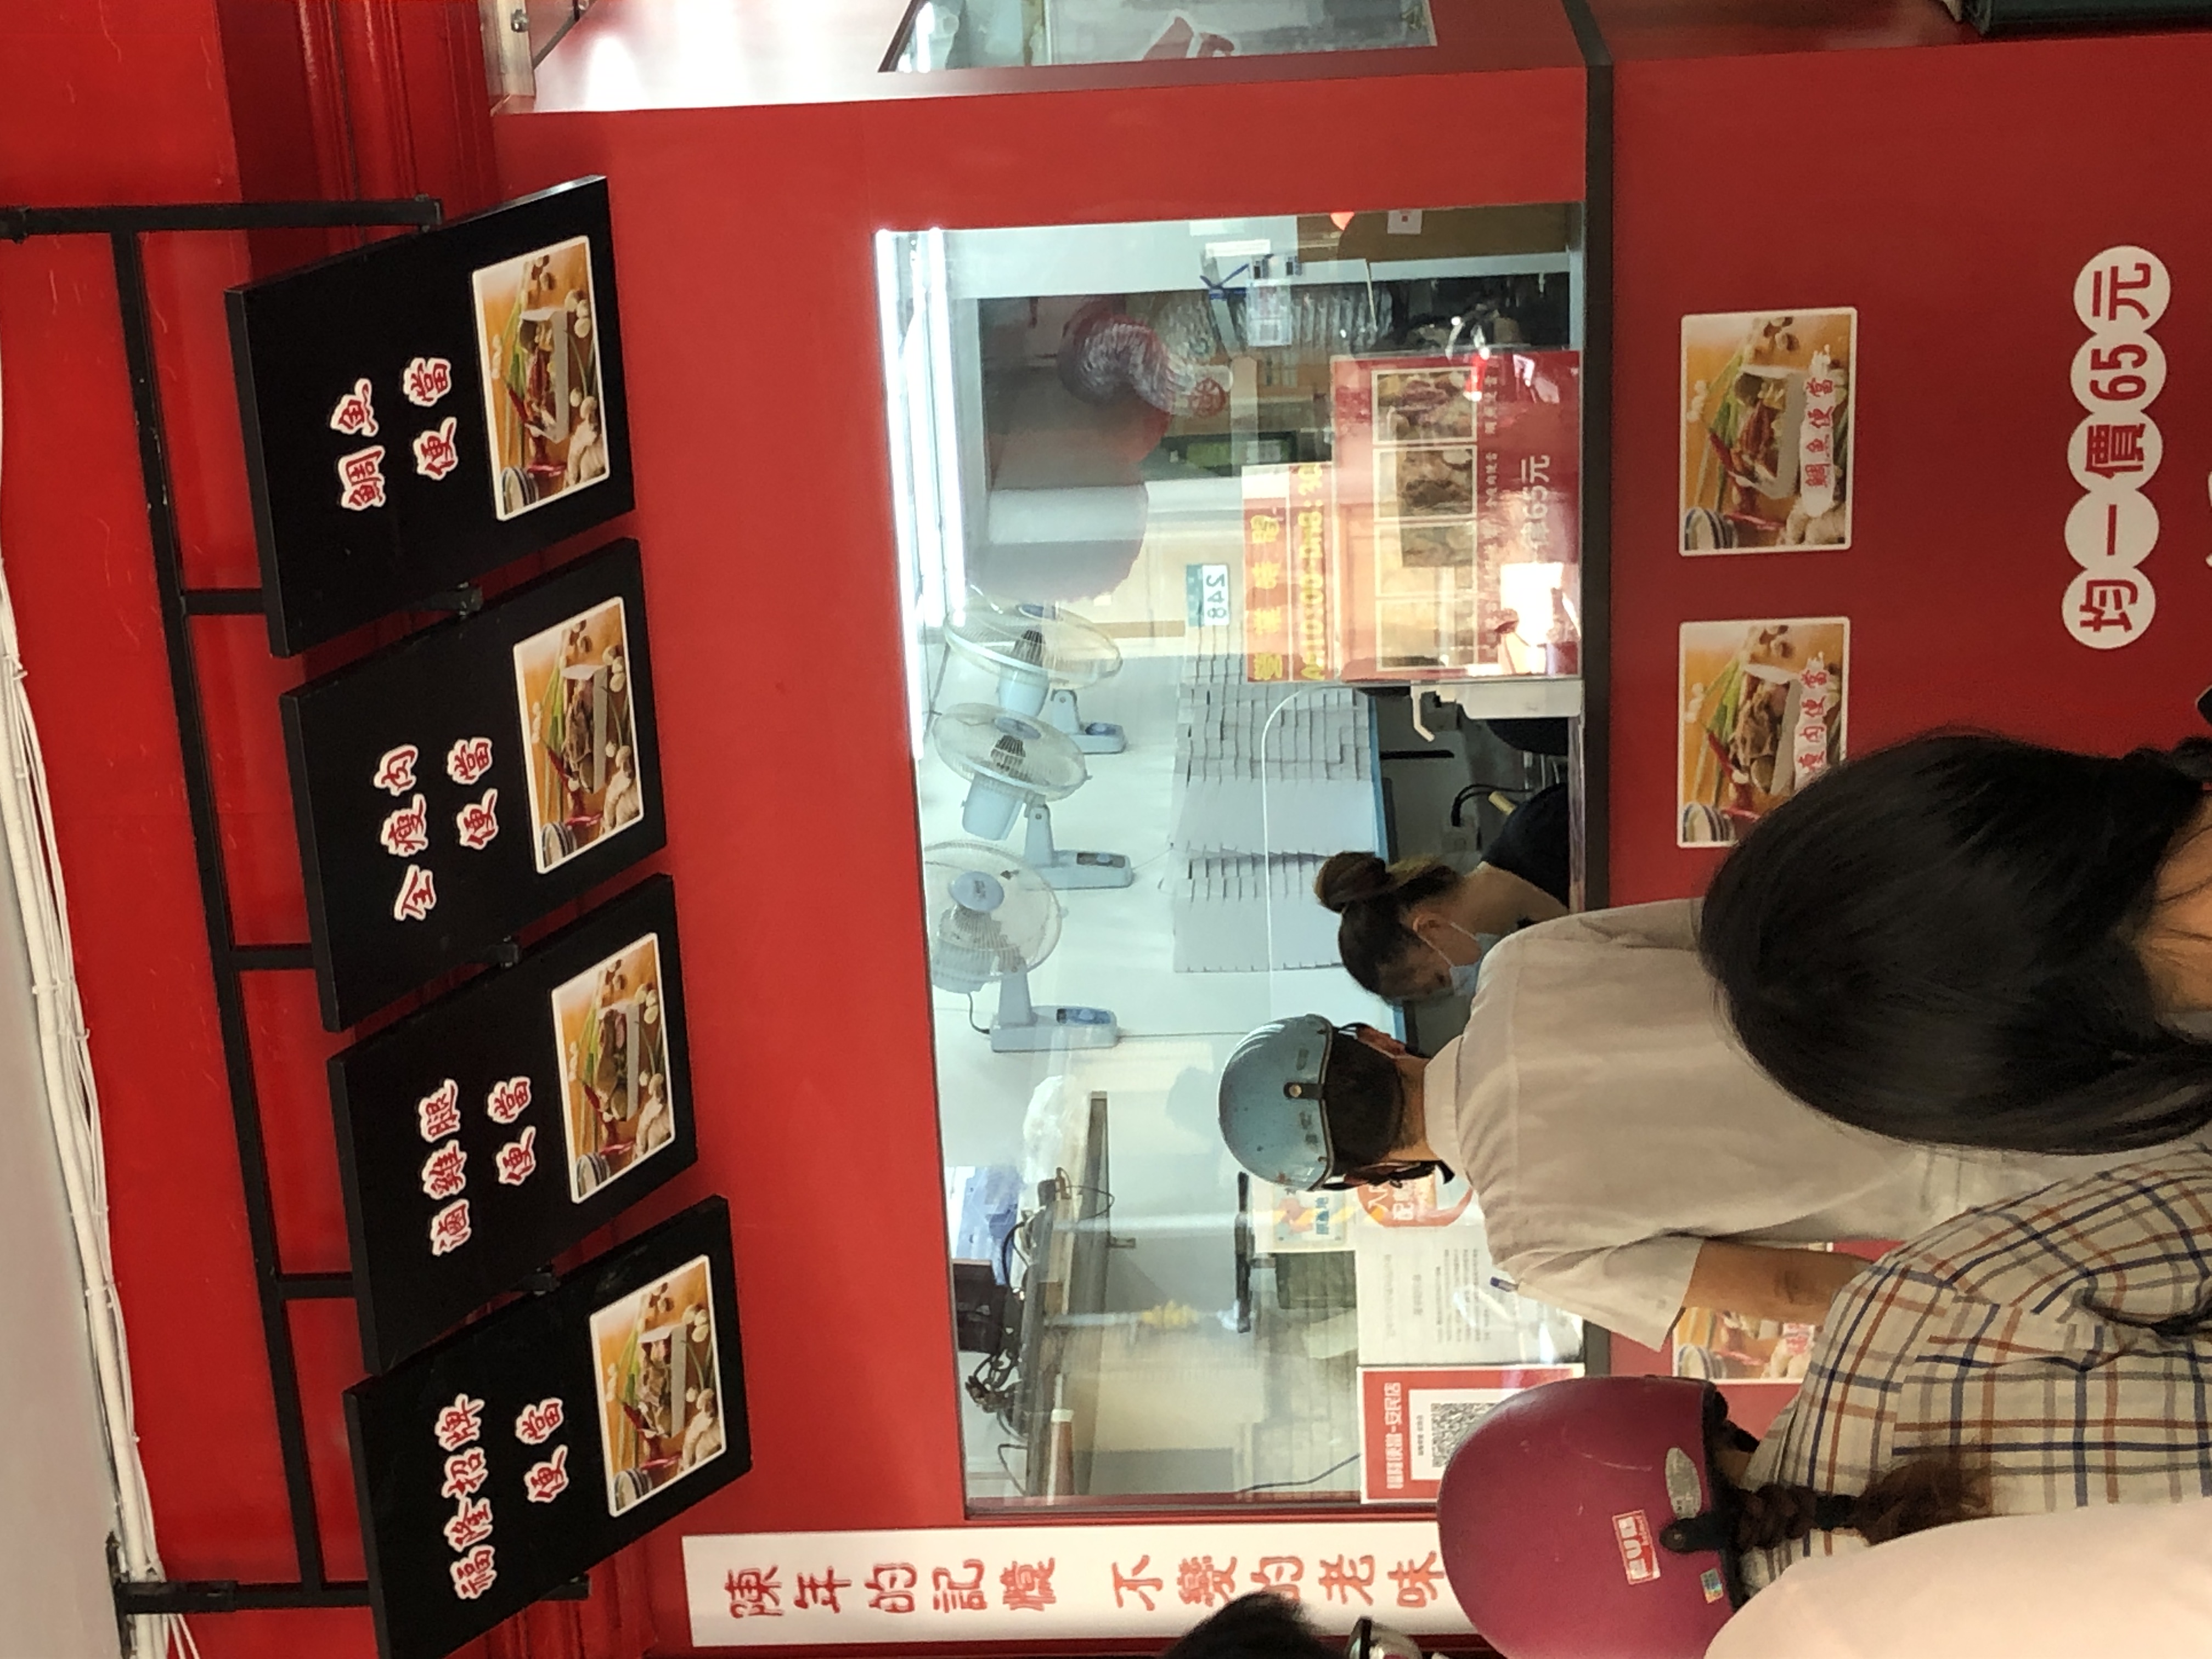
餐廳：萬年的記憶
菜單：
name: 排骨
price: 65
name: 雞腿
price: 65
name: 蝦仁
price: 65
name: 魚排
price: 65
name: 瓜仔肉
price: 65